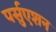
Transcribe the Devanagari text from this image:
पर्सुएशन